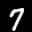
Label: 7